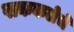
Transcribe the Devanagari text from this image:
पाककलेचे